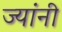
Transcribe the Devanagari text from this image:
ज्‍यांनी